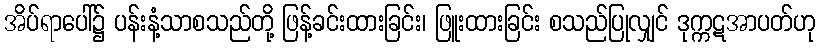
အိပ်ရာပေါ်၌ ပန်းနံ့သာစသည်တို့ ဖြန့်ခင်းထားခြင်း၊ ဖြူးထားခြင်း စသည်ပြုလျှင် ဒုက္ကဋအာပတ်ဟု